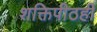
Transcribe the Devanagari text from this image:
शक्तिपीठही